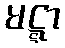
မဋ္ဋာ